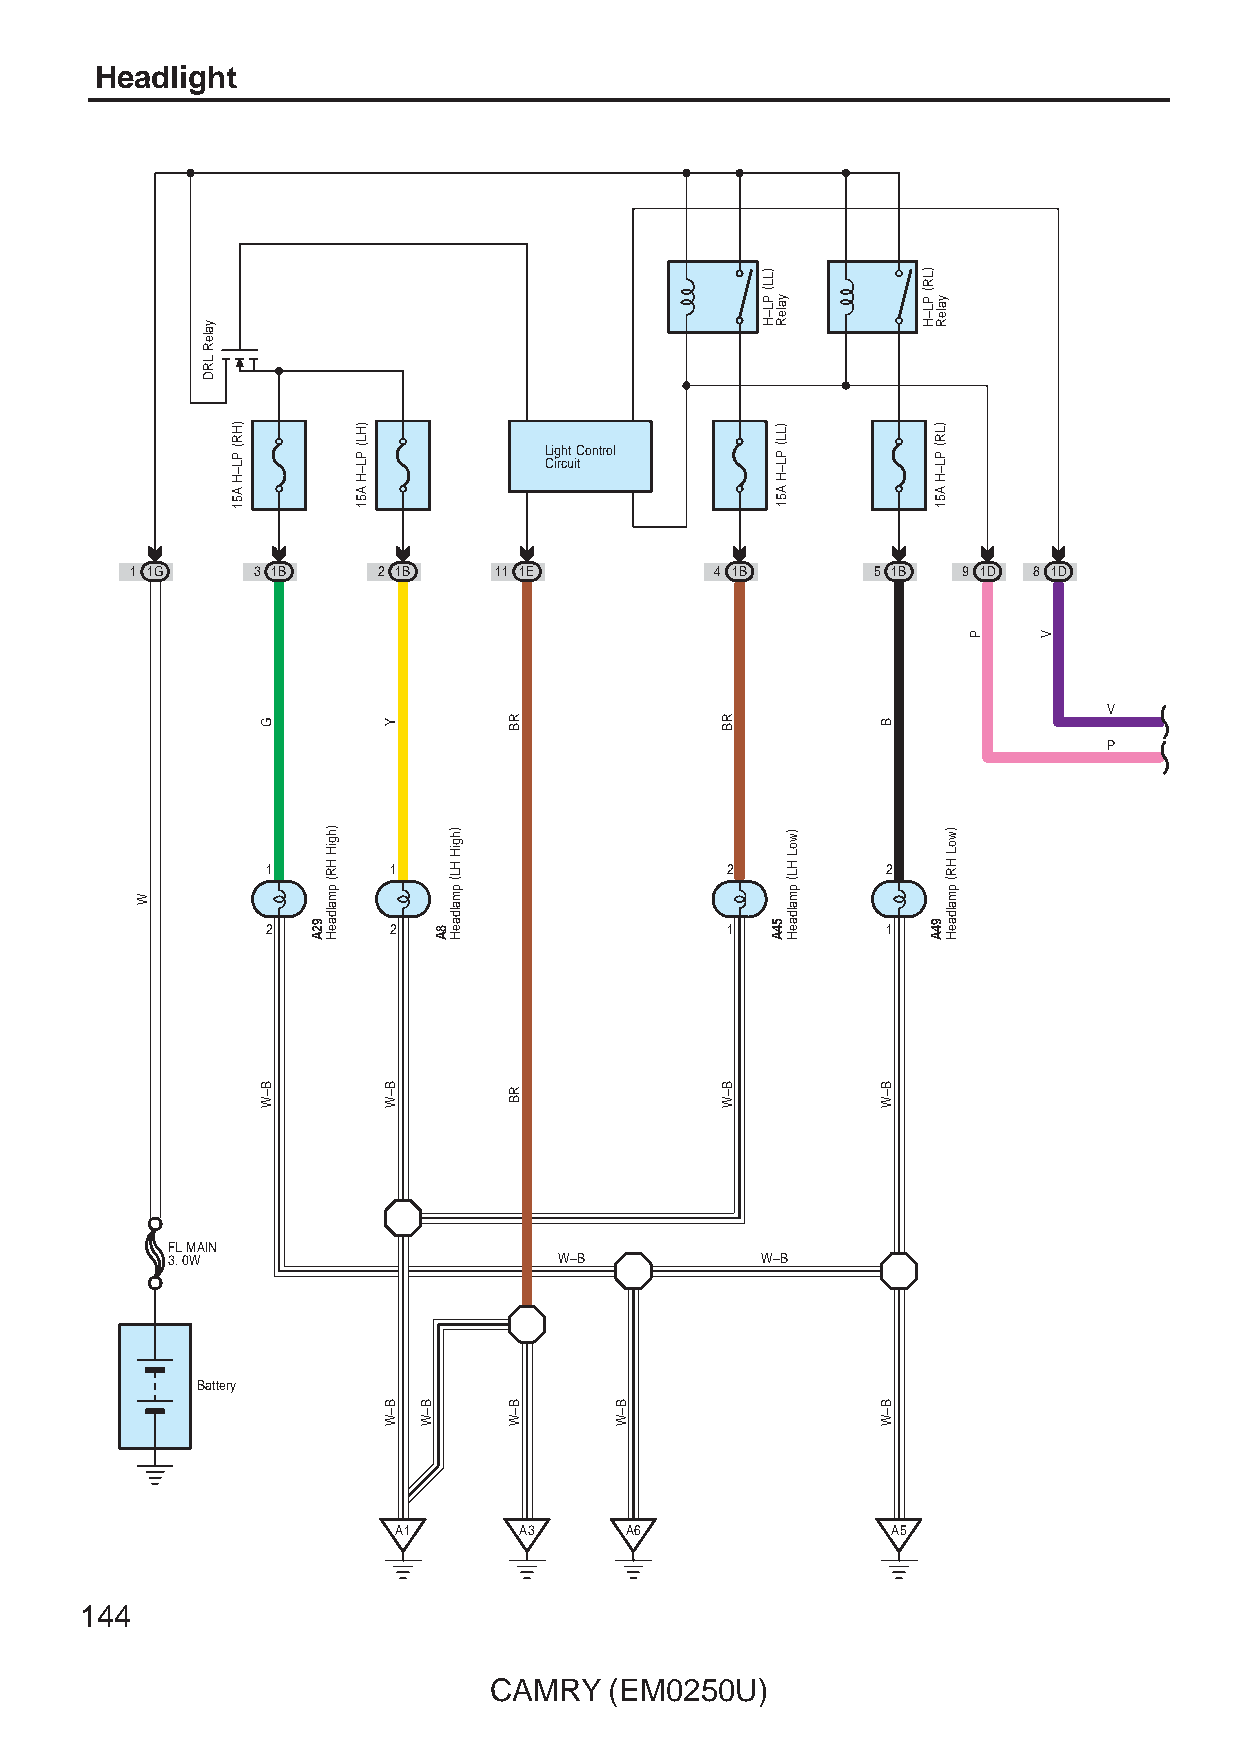
Headlight
 Light Control Circuit
 1 1G    3 1B    2 1B    11 1E         4 1B       5 1B  9 1D 8 1D
 V
 P
 1       1                     2          2
 2       2                     1          1
 FL MAIN
 3. 0W                     W–B          W–B
 Battery
 A1      A3     A6                A5
 144
 CAMRY   (EM0250U)
 W
 yaleR
 LRD
 )HR(
 PL–H
 A51
 G
 B–W
 92A
 )hgiH
 HR(
 pmaldaeH
 )HL(
 PL–H
 A51
 Y
 B–W
 B–W B–W
 8A
 )hgiH
 HL(
 pmaldaeH
 RB
 RB
 B–W    B–W
 RB
 B–W
 )LL(
 PL–H yaleR
 )LL(
 PL–H
 A51
 54A
 )woL
 HL(
 pmaldaeH
 B
 B–W
 B–W
 )LR(
 PL–H yaleR
 )LR(
 PL–H
 A51
 94A
 )woL
 HR(
 pmaldaeH
 P    V